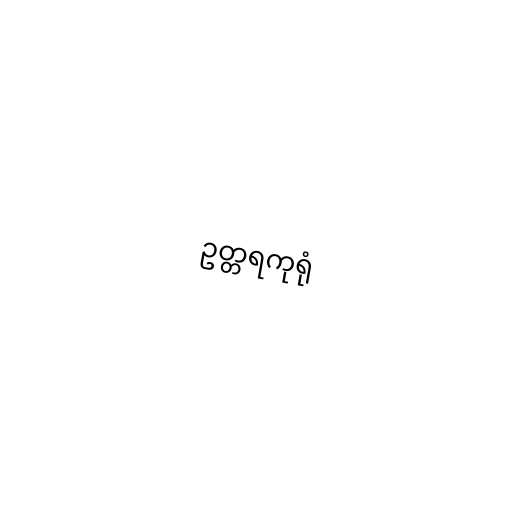
ဥတ္တရကုရုံ